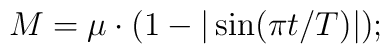
M = \mu \cdot \bigl(1- |\sin (\pi t/T)| \bigr);